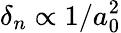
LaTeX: \delta_{n}\propto 1/a_{0}^{2}